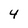
Character: 4